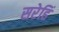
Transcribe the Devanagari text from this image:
सरेहिं